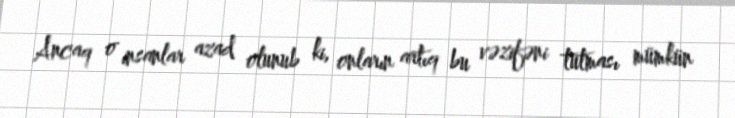
Ancaq o insanlar azad olunub ki, onların artıq bu vəzifəni tutması mümkün